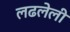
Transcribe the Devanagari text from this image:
लढलेली